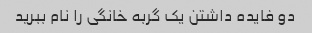
دو فایده داشتن یک گربه خانگی را نام ببرید